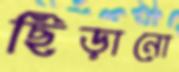
ছিঁড়ানো